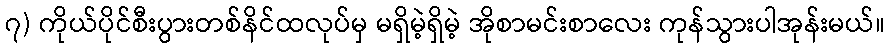
၇) ကိုယ်ပိုင်စီးပွားတစ်နိင်ထလုပ်မှ မရှိမဲ့ရှိမဲ့ အိုစာမင်းစာလေး ကုန်သွားပါအုန်းမယ်။